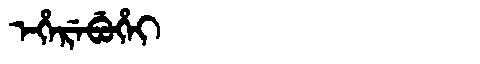
Manchu: ᡝᡥᡝᡵᡝᠪᡠᡥᡝᡳ
Romanization: EHEREBUHEI